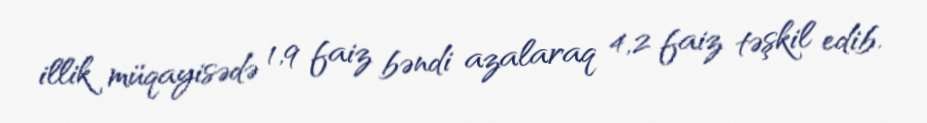
illik müqayisədə 1,9 faiz bəndi azalaraq 4,2 faiz təşkil edib.